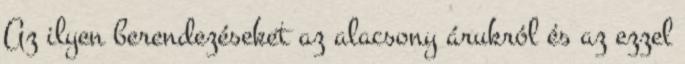
Az ilyen berendezéseket az alacsony árukról és az ezzel